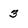
Character: 3